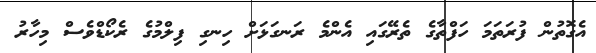
އެގޮތުން ފުރަތަމަ ހަފްތާގެ ތެރޭގައި އެންމެ ރަނގަޅަށް ހިނގި ފިލްމުގެ ރެކޯޑްވެސް މިހާރު